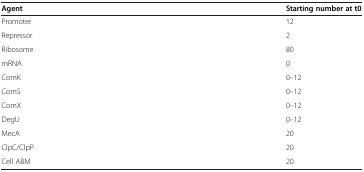
| Agent | Starting number at t0 |
 | --- | --- |
 | Promoter | 12 |
 | Repressor | 2 |
 | Ribosome | 80 |
 | mRNA | 0 |
 | ComK | 0–12 |
 | ComS | 0–12 |
 | ComX | 0–12 |
 | DegU | 0–12 |
 | MecA | 20 |
 | ClpC/ClpP | 20 |
 | Cell ABM | 20 |